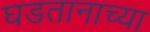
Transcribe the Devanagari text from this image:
घडतानाच्या